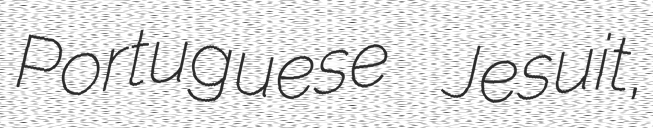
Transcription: Portuguese Jesuit,